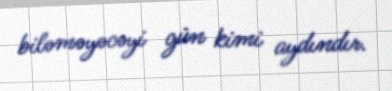
biləməyəcəyi gün kimi aydındır.